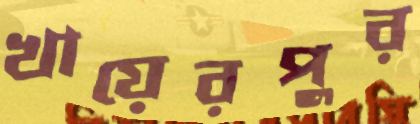
খায়েরপুর